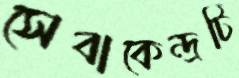
সেবাকেন্দ্রটি